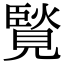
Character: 𧡼